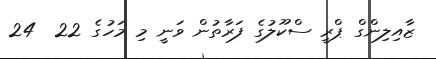
ޒާއިލިންގް ޕްރީ ސްކޫލުގެ ފަރާތުން ވަނީ މި މަހުގެ 22  24